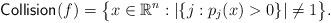
LaTeX: \begin{align*}\mathsf{Collision} (f) = \big\{x \in \mathbb{R}^n: |\{ j: p_j (x) > 0\}| \not =1 \big\}. \end{align*}